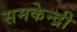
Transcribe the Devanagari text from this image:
समकेन्द्री